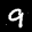
Label: 9